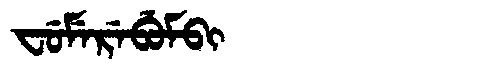
Manchu: ᠸᡠᠮᡝᡵᡝᠪᡠᠮᠪᡳ
Romanization: FUMEREBUMBI